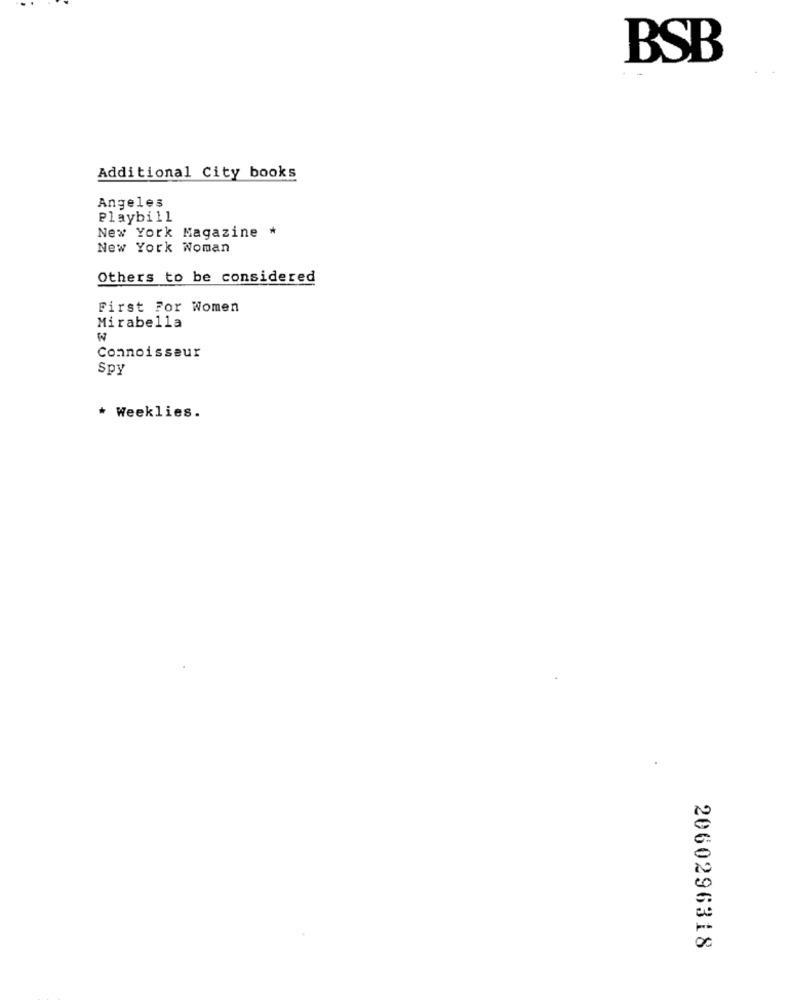
BSB
Additional City books
Angeles
Playbill
New York Magazine *
New York Woman
Others to be considered
First For Women
Mirabella
W
Connoisseur
Spy
* Weeklies.
2060296318